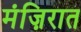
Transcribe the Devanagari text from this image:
मंज़िरात